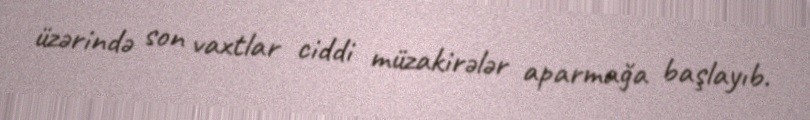
üzərində son vaxtlar ciddi müzakirələr aparmağa başlayıb.